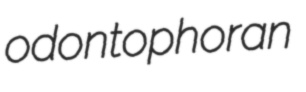
odontophoran